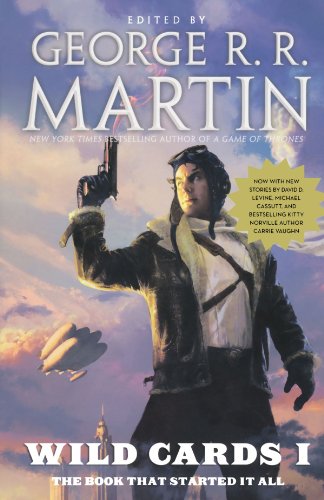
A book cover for Wild Cards I; Wild Cards Trust; Science Fiction & Fantasy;